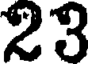
23